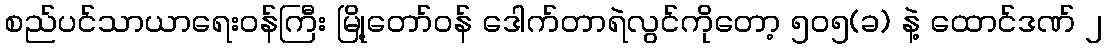
စည်ပင်သာယာရေးဝန်ကြီး မြို့တော်ဝန် ဒေါက်တာရဲလွင်ကိုတော့ ၅၀၅(ခ) နဲ့ ထောင်ဒဏ် ၂